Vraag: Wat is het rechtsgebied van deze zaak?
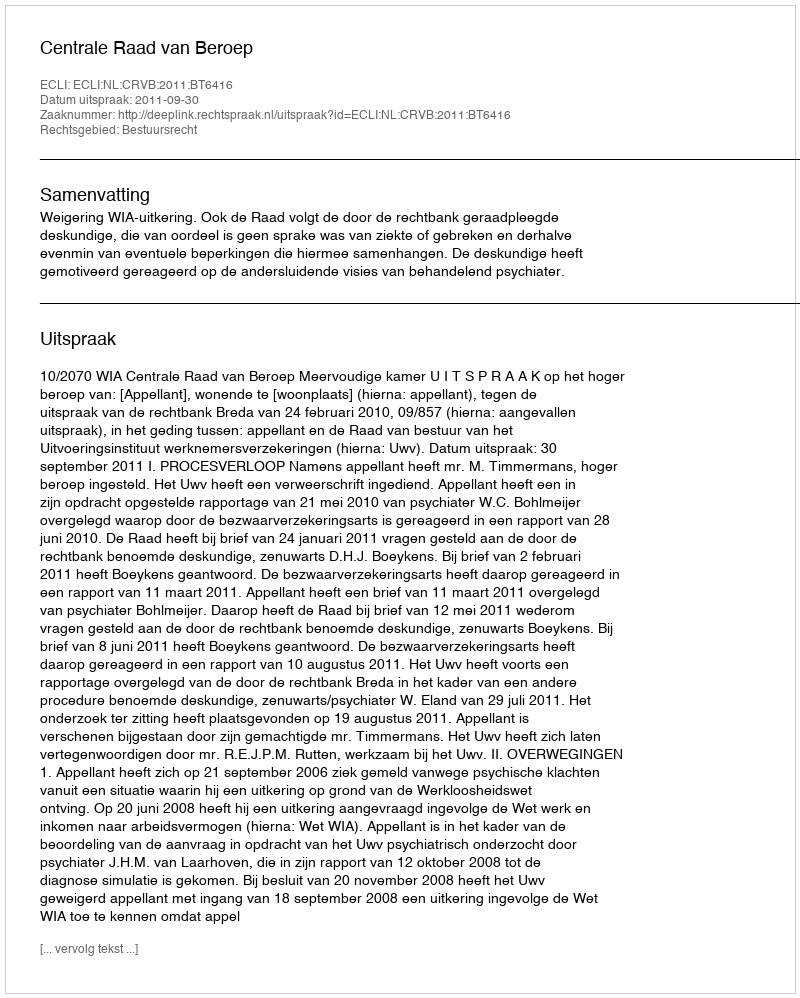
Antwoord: Bestuursrecht